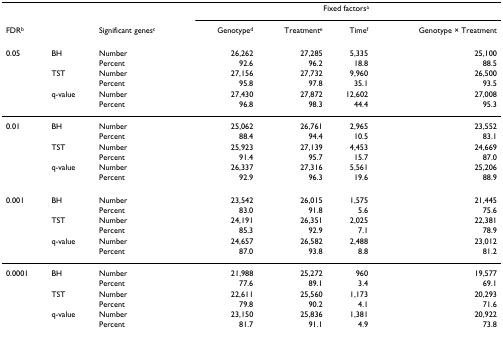
|  |  |  | <COLSPAN=4> Fixed factorsa |
 | FDRb |  | Significant genesc | Genotyped | Treatmente | Timef | Genotype × Treatment |
 | --- | --- | --- | --- | --- | --- | --- |
 | 0.05 | BH | Number | 26,262 | 27,285 | 5,335 | 25,100 |
 |  |  | Percent | 92.6 | 96.2 | 18.8 | 88.5 |
 |  | TST | Number | 27,156 | 27,732 | 9,960 | 26,500 |
 |  |  | Percent | 95.8 | 97.8 | 35.1 | 93.5 |
 |  | q-value | Number | 27,430 | 27,872 | 12,602 | 27,008 |
 |  |  | Percent | 96.8 | 98.3 | 44.4 | 95.3 |
 | 0.01 | BH | Number | 25,062 | 26,761 | 2,965 | 23,552 |
 |  |  | Percent | 88.4 | 94.4 | 10.5 | 83.1 |
 |  | TST | Number | 25,923 | 27,139 | 4,453 | 24,669 |
 |  |  | Percent | 91.4 | 95.7 | 15.7 | 87.0 |
 |  | q-value | Number | 26,337 | 27,316 | 5,561 | 25,206 |
 |  |  | Percent | 92.9 | 96.3 | 19.6 | 88.9 |
 | 0.001 | BH | Number | 23,542 | 26,015 | 1,575 | 21,445 |
 |  |  | Percent | 83.0 | 91.8 | 5.6 | 75.6 |
 |  | TST | Number | 24,191 | 26,351 | 2,025 | 22,381 |
 |  |  | Percent | 85.3 | 92.9 | 7.1 | 78.9 |
 |  | q-value | Number | 24,657 | 26,582 | 2,488 | 23,012 |
 |  |  | Percent | 87.0 | 93.8 | 8.8 | 81.2 |
 | 0.0001 | BH | Number | 21,988 | 25,272 | 960 | 19,577 |
 |  |  | Percent | 77.6 | 89.1 | 3.4 | 69.1 |
 |  | TST | Number | 22,611 | 25,560 | 1,173 | 20,293 |
 |  |  | Percent | 79.8 | 90.2 | 4.1 | 71.6 |
 |  | q-value | Number | 23,150 | 25,836 | 1,381 | 20,922 |
 |  |  | Percent | 81.7 | 91.1 | 4.9 | 73.8 |